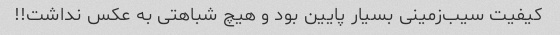
کیفیت سیب‌زمینی بسیار پایین بود و هیچ شباهتی به عکس نداشت!!